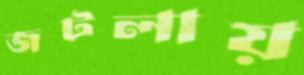
জটলায়